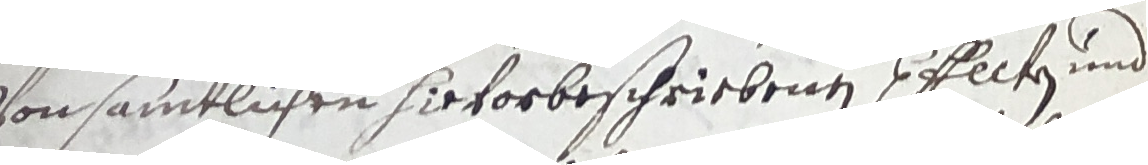
vonsamtlichen sievorbeschriebenen sffecken und